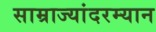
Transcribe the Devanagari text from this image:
साम्राज्यांदरम्यान